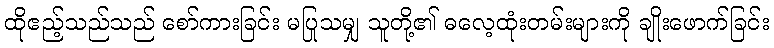
ထိုဧည့်သည်သည် စော်ကားခြင်း မပြုသမျှ သူတို့၏ ဓလေ့ထုံးတမ်းများကို ချိုးဖောက်ခြင်း